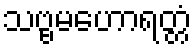
သဗ္ဗမဟောရတ္တံ